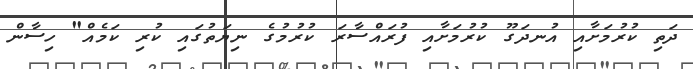
ދަތި ކުރުމަށާއި އުނދަގޫ ކުރުމަށާއި ފުރައްސާރަ ކުރުމުގެ ނިޔަތުގައި ކުރި ކަމެއް" ހިސާން